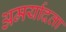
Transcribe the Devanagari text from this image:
अमर्यादता